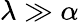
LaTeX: \lambda\gg\alpha